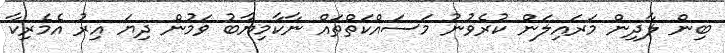
ބިން ލާދިން މަރައިލަން ކުރެވުނު މަސައްކަތްތައް ނާކާމިޔާބު ވަމުން ދިޔަ އިރު އެމެރިކާ